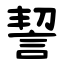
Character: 䛚